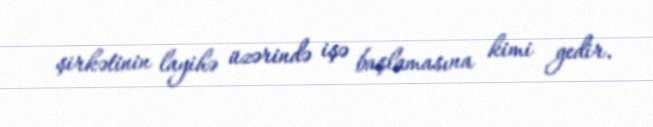
şirkətinin layihə üzərində işə başlamasına kimi gedir.